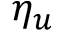
\eta _ { u }